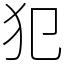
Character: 犯